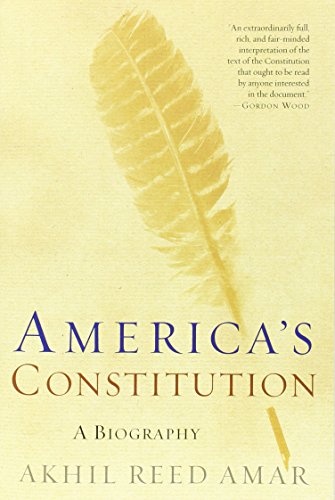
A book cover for America's Constitution: A Biography; Akhil Reed Amar; Law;